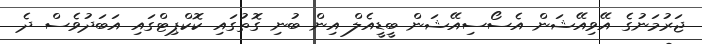
ޖަރުމަނުގެ އޭވިއޭޝަން އެސޯސިއޭޝަން ބީޑީއެލް އިން ބުނި ގޮތުގައި ކޮކްޕިޓްގައި އަބަދުވެސް ދެ